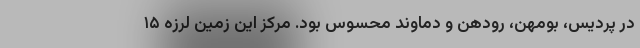
در پردیس، بومهن، رودهن و دماوند محسوس بود. مرکز این زمین لرزه ۱۵